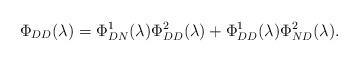
LaTeX: \begin{align*}\Phi_{DD}(\lambda)=\Phi_{DN}^1(\lambda)\Phi_{DD}^2(\lambda)+\Phi_{DD}^1(\lambda)\Phi_{ND}^2(\lambda).\end{align*}